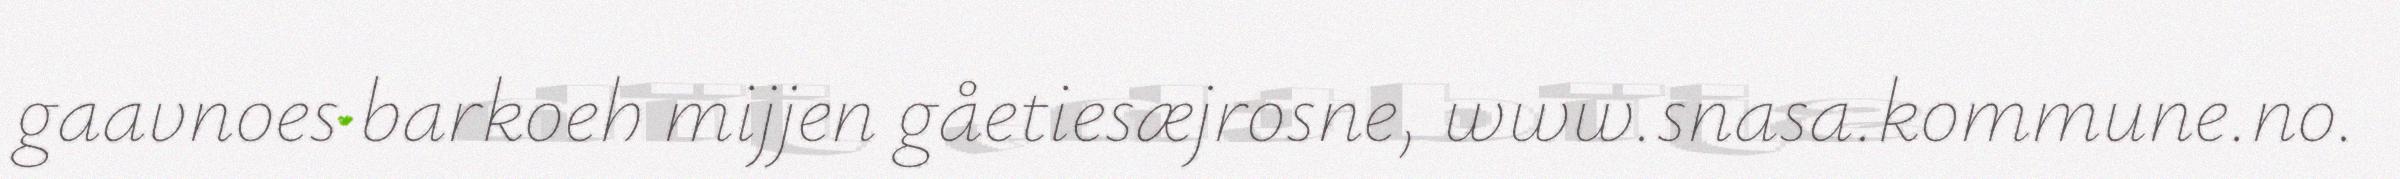
gaavnoes barkoeh mijjen gåetiesæjrosne, www.snasa.kommune.no.